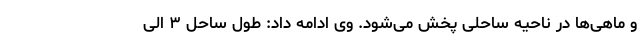
و ماهی‌ها در ناحیه ساحلی پخش می‌شود. وی ادامه داد: طول ساحل ۳ الی